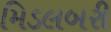
મિડલબરી